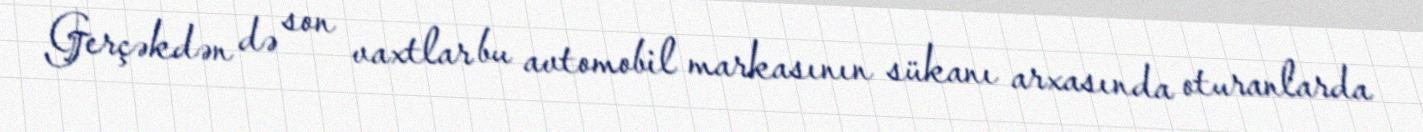
Gerçəkdən də son vaxtlar bu avtomobil markasının sükanı arxasında oturanlarda